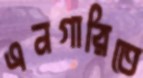
এনগারিতে